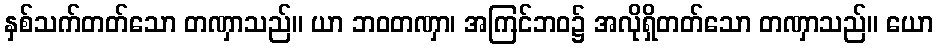
နှစ်သက်တတ်သော တဏှာသည်။ ယာ ဘဝတဏှာ၊ အကြင်ဘဝ၌ အလိုရှိတတ်သော တဏှာသည်။ ယော